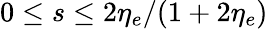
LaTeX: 0\leq s\leq 2\eta_{e}/(1+2\eta_{e})